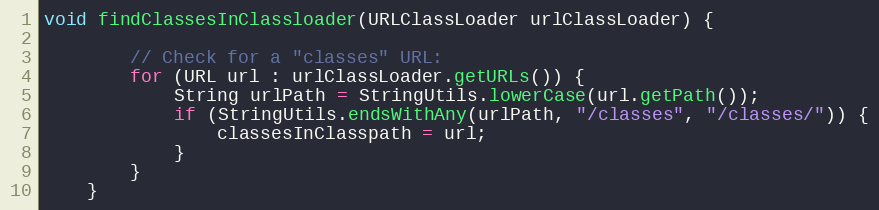
Language: Java
void findClassesInClassloader(URLClassLoader urlClassLoader) {

        // Check for a "classes" URL:
        for (URL url : urlClassLoader.getURLs()) {
            String urlPath = StringUtils.lowerCase(url.getPath());
            if (StringUtils.endsWithAny(urlPath, "/classes", "/classes/")) {
                classesInClasspath = url;
            }
        }
    }